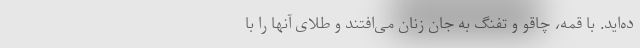
ده‌اید. با قمه، چاقو و تفنگ به جان زنان می‌افتند و طلای آنها را با